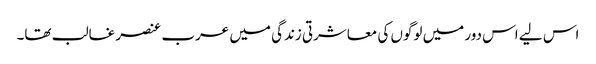
اس لیے اس دور میں لوگوں کی معاشرتی زندگی میں عرب عنصر غالب تھا۔